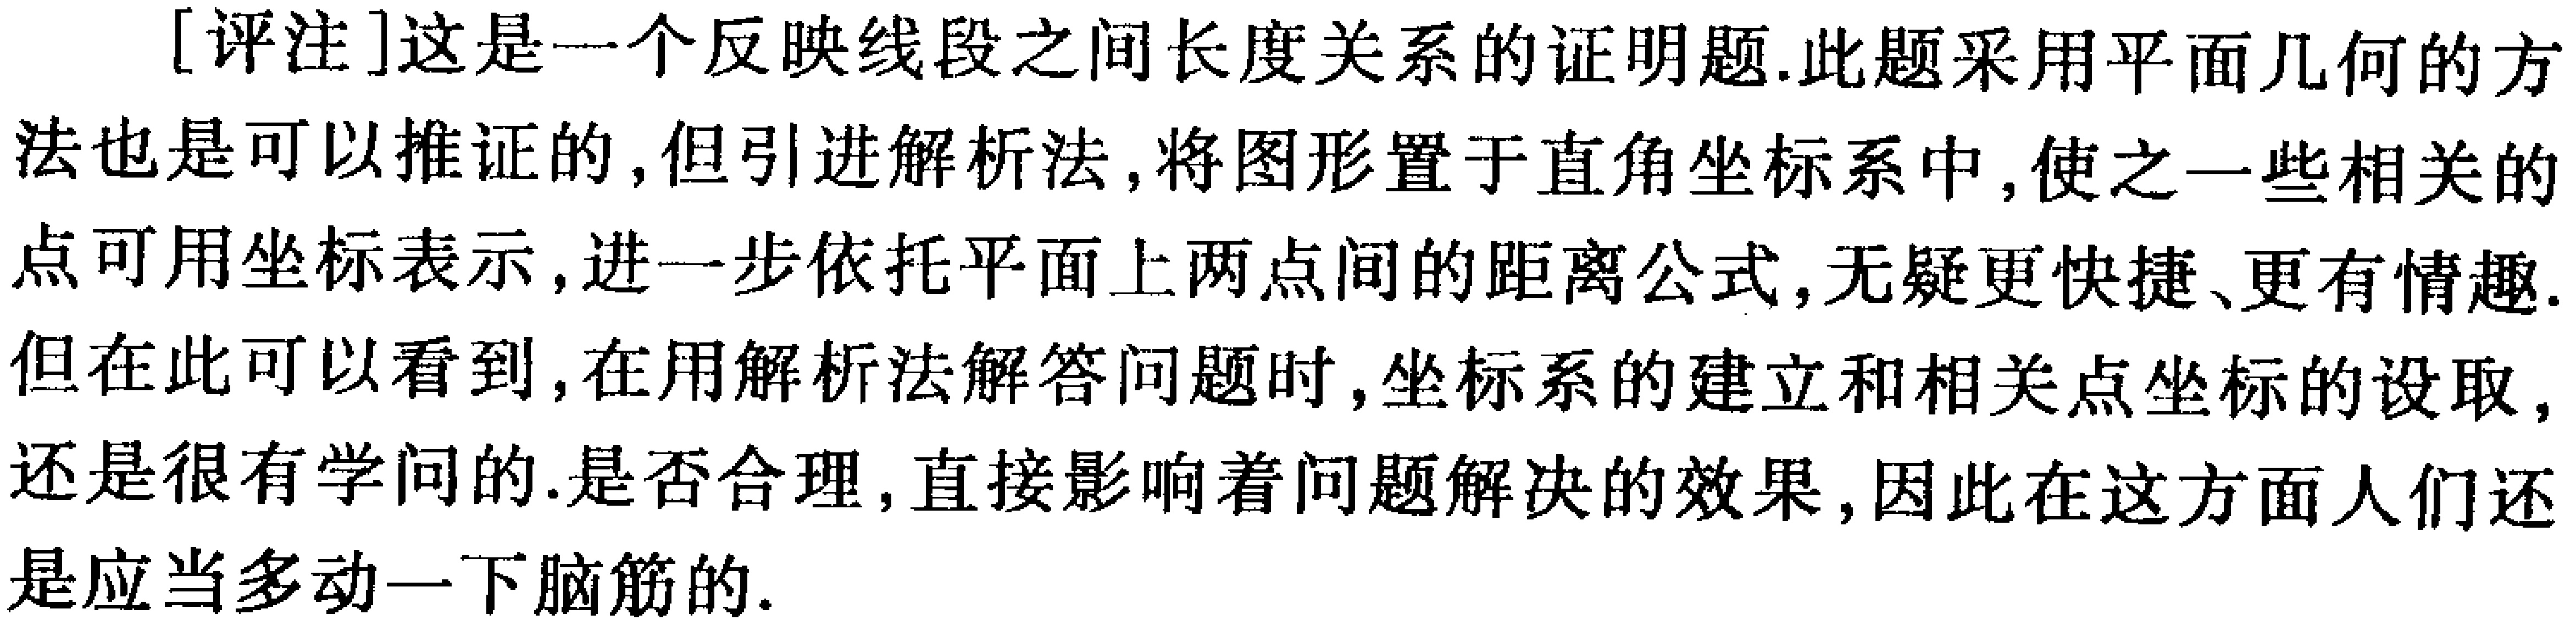
[评注]这是一个反映线段之间长度关系的证明题.此题采用平面几何的方法也是可以推证的,但引进解析法,将图形置于直角坐标系中,使之一些相关的点可用坐标表示,进一步依托平面上两点间的距离公式,无疑更快捷、更有情趣.但在此可以看到,在用解析法解答问题时,坐标系的建立和相关点坐标的设取,还是很有学问的.是否合理,直接影响着问题解决的效果,因此在这方面人们还是应当多动一下脑筋的.